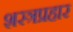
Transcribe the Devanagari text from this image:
शस्त्रप्रहार